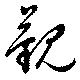
覲